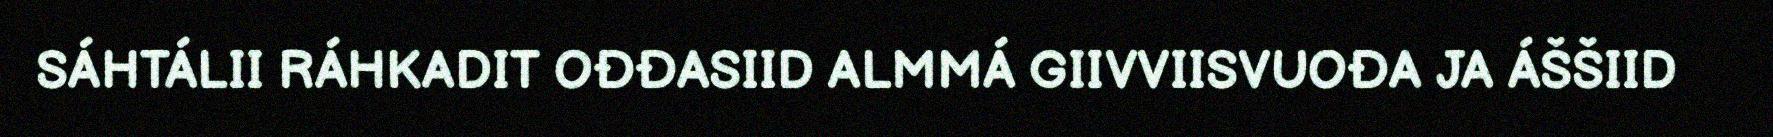
SÁHTÁLII RÁHKADIT OĐĐASIID ALMMÁ GIIVVIISVUOĐA JA ÁŠŠIID